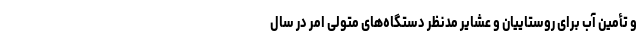
و تأمین آب برای روستاییان و عشایر مدنظر دستگاه‌های متولی امر در سال